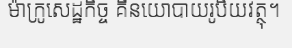
ម៉ាក្រូសេដ្ឋកិច្ច គឺនយោបាយរូបិយវត្ថុ។